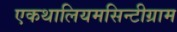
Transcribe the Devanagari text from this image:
एकथालियमसिन्टीग्राम